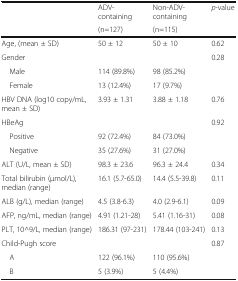
<table><thead><tr><td rowspan="2"></td><td><b>ADV-containing</b></td><td><b>Non-ADV-containing</b></td><td rowspan="2"><b><i>p</i>-value</b></td></tr><tr><td><b>(n=127)</b></td><td><b>(n=115)</b></td></tr></thead><tbody><tr><td>Age, (mean ± SD)</td><td>50 ± 12</td><td>50 ± 10</td><td>0.62</td></tr><tr><td>Gender</td><td></td><td></td><td>0.28</td></tr><tr><td> Male</td><td>114 (89.8%)</td><td>98 (85.2%)</td><td></td></tr><tr><td> Female</td><td>13 (12.4%)</td><td>17 (9.7%)</td><td></td></tr><tr><td>HBV DNA (log10 copy/mL, mean ± SD)</td><td>3.93 ± 1.31</td><td>3.88 ± 1.18</td><td>0.76</td></tr><tr><td>HBeAg</td><td></td><td></td><td>0.92</td></tr><tr><td> Positive</td><td>92 (72.4%)</td><td>84 (73.0%)</td><td></td></tr><tr><td> Negative</td><td>35 (27.6%)</td><td>31 (27.0%)</td><td></td></tr><tr><td>ALT (U/L, mean ± SD)</td><td>98.3 ± 23.6</td><td>96.3 ± 24.4</td><td>0.34</td></tr><tr><td>Total bilirubin (μmol/L), median (range)</td><td>16.1 (5.7-65.0)</td><td>14.4 (5.5-39.8)</td><td>0.11</td></tr><tr><td>ALB (g/L), median (range)</td><td>4.5 (3.8-6.3)</td><td>4.0 (2.9-6.1)</td><td>0.09</td></tr><tr><td>AFP, ng/mL, median (range)</td><td>4.91 (1.21-28)</td><td>5.41 (1.16-31)</td><td>0.08</td></tr><tr><td>PLT, 10^9/L, median (range)</td><td>186.31 (97-231)</td><td>178.44 (103-241)</td><td>0.13</td></tr><tr><td>Child-Pugh score</td><td></td><td></td><td>0.87</td></tr><tr><td> A</td><td>122 (96.1%)</td><td>110 (95.6%)</td><td></td></tr><tr><td> B</td><td>5 (3.9%)</td><td>5 (4.4%)</td><td></td></tr></tbody></table>